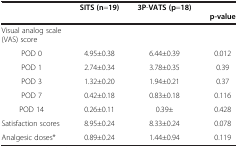
|  | SITS (n=19) | 3P-VATS (p=18) | p-value |
 | --- | --- | --- | --- |
 | Visual analog scale (VAS) score |  |  |  |
 | POD 0 | 4.95±0.38 | 6.44±0.39 | 0.012 |
 | POD 1 | 2.74±0.34 | 3.78±0.35 | 0.39 |
 | POD 3 | 1.32±0.20 | 1.94±0.21 | 0.37 |
 | POD 7 | 0.42±0.18 | 0.83±0.18 | 0.116 |
 | POD 14 | 0.26±0.11 | 0.39± | 0.428 |
 | Satisfaction scores | 8.95±0.24 | 8.33±0.24 | 0.078 |
 | Analgesic doses* | 0.89±0.24 | 1.44±0.94 | 0.119 |